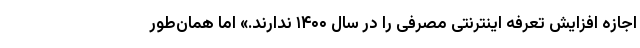
اجازه افزایش تعرفه اینترنتی مصرفی را در سال ۱۴۰۰ ندارند.» اما همان‌طور